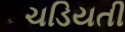
ચડિયતી